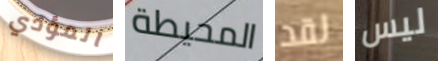
المؤدي المحيطة لقد ليس